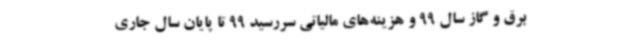
برق و گاز سال 99 و هزینه‌های مالیاتی سررسید 99 تا پایان سال جاری